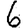
Digit: 6